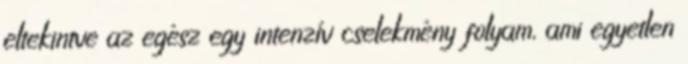
eltekintve az egész egy intenzív cselekmény folyam, ami egyetlen